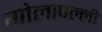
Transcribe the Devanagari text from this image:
गोलापल्ली